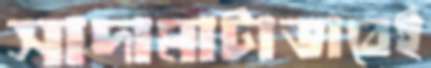
সাদামাটাভাবেই